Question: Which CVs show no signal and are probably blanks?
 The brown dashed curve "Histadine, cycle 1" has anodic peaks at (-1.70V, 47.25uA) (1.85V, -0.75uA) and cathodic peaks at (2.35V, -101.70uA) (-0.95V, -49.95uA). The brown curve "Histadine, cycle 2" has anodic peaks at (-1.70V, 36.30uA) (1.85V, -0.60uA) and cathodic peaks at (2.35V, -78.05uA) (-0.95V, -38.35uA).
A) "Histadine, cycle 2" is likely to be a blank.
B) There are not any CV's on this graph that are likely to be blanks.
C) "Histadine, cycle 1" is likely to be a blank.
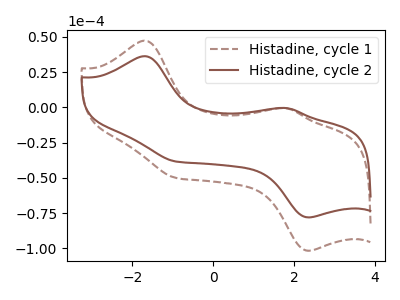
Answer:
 <answer>B) There are not any CV's on this graph that are likely to be blanks.</answer>
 <eval>B</eval>